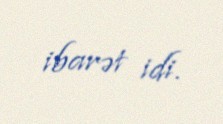
ibarət idi.